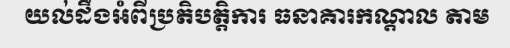
យល់ដឹងអំពីប្រតិបត្តិការ ធនាគារកណ្តាល តាម